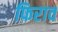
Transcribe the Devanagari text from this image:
फिराव